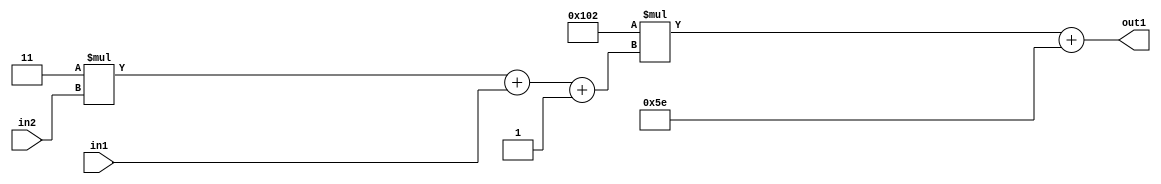
`timescale 1ps / 1ps
/*****************************************************************************
    Verilog RTL Description
    
    
    Created by: Stratus DpOpt 2019.1.01 
*******************************************************************************/

module DC_Filter_Add2i94Mul2i258Add3i1u1Mul2i3u2_1 (
	in2,
	in1,
	out1
	); /* architecture "behavioural" */ 
input [1:0] in2;
input  in1;
output [11:0] out1;
wire [11:0] asc001;
wire [3:0] asc002;

wire [3:0] asc002_tmp_0;
wire [3:0] asc002_tmp_1;
assign asc002_tmp_1 = 
	+(4'B0011 * in2);
assign asc002_tmp_0 = asc002_tmp_1
	+(in1);
assign asc002 = asc002_tmp_0
	+(4'B0001);

wire [11:0] asc001_tmp_2;
assign asc001_tmp_2 = 
	+(12'B000100000010 * asc002);
assign asc001 = asc001_tmp_2
	+(12'B000001011110);

assign out1 = asc001;
endmodule

/* CADENCE  vrP1QgE= : u9/ySgnWtBlWxVPRXgAZ4Og= ** DO NOT EDIT THIS LINE ******/